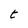
Character: t